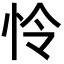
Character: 怜